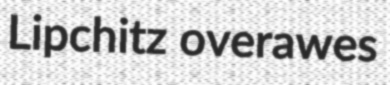
Lipchitz overawes